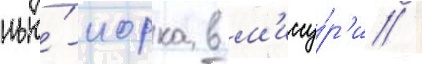
нью́-иорка в м'иссу́р'и /